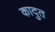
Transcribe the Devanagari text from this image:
कादुत